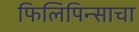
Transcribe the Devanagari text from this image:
फिलिपिन्साचा